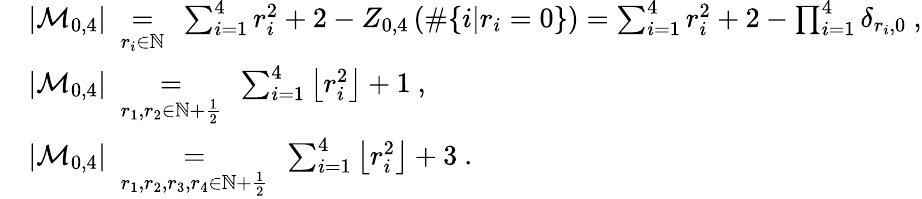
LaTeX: \begin{array}{rl}&{\left|\mathcal{M}_{0,4}\right|\ \underset{r_{i}\in\mathbb{N}}{=}\ \sum_{i=1}^{4}r_{i}^{2}+2-Z_{0,4}\left(\# \{ i|r_{i}=0\} \right)=\sum_{i=1}^{4}r_{i}^{2}+2-\prod_{i=1}^{4}\delta_{r_{i},0}\ ,}\\ &{\left|\mathcal{M}_{0,4}\right|\ \underset{r_{1},r_{2}\in\mathbb{N}+\frac 12}{=}\ \sum_{i=1}^{4}\left\lfloor r_{i}^{2}\right\rfloor+1\ ,}\\ &{\left|\mathcal{M}_{0,4}\right|\ \underset{r_{1},r_{2},r_{3},r_{4}\in\mathbb{N}+\frac 12}{=}\ \sum_{i=1}^{4}\left\lfloor r_{i}^{2}\right\rfloor+3\ .}\end{array}